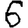
Digit: 6